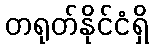
တရုတ်နိုင်ငံရှိ